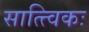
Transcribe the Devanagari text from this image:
सात्त्विकः